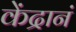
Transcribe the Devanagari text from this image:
केंद्रानं